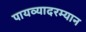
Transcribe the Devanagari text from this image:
पायव्यादरम्यान